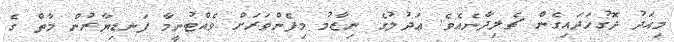
މިއަދު ދޮގުހަދައިގެން ޗެލިދާނެއެވެ. ޢަދުލުގެ ނިޒާމު މިފެންވަރަށް ވެއްޓުނީމާ ފަނޑިޔާރުން މާތް ގެ